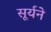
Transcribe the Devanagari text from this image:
सूर्यने